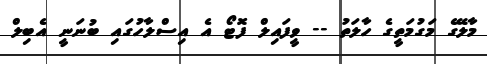
މާލޭގެ މަގުމަތީގެ ހާލަތު -- ވީފައިލް ފޮޓޯ އެ އިސްލާހުގައި ބުނަނީ އެބިލް